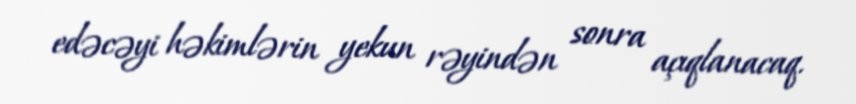
edəcəyi həkimlərin yekun rəyindən sonra açıqlanacaq.